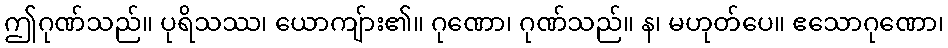
ဤဂုဏ်သည်။ ပုရိသဿ၊ ယောကျ်ား၏။ ဂုဏော၊ ဂုဏ်သည်။ န၊ မဟုတ်ပေ။ ဧသောဂုဏော၊